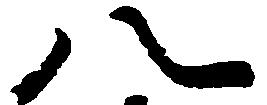
八